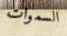
السموات